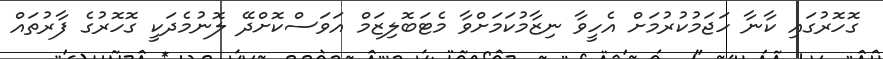
ގޮހޮރުގައި ކާނާ ހަޖަމުކުރުމަށް އެހީވާ ނިޒާމުކަމަށްވާ މެޓަބޮލިޒަމް އަވަސްކޮށްދޭ ލޮނުމެދަކީ ގޮހޮރުގެ ފާރުތައް